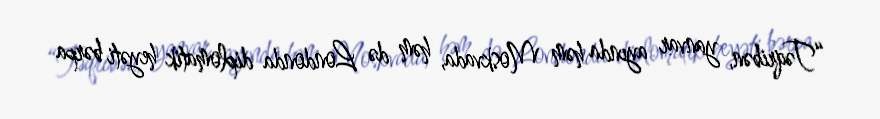
“Təqribən, yanvar ayında həm Moskvada, həm də Londonda diplomatik heyəti bərpa